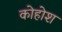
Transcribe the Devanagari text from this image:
कोहोश